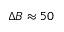
\Delta B \approx 5 0